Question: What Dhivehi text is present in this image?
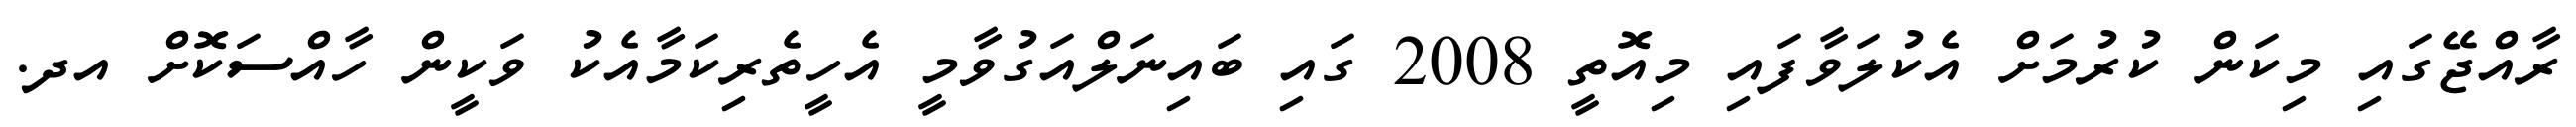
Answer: ރާއްޖޭގައި މިކަން ކުރުމަށް އެކުލަވާފައި މިއޮތީ 2008 ގައި ބައިނަލްއަގުވާމީ އެހީތެރިކަމާއެކު ވަކީން ހާއްސަކޮށް އދ.